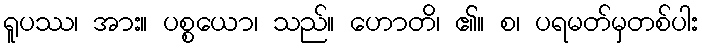
ရူပဿ၊ အား။ ပစ္စယော၊ သည်။ ဟောတိ၊ ၏။ စ၊ ပရမတ်မှတစ်ပါး